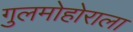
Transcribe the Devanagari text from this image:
गुलमोहोराला